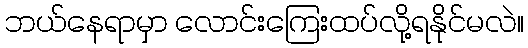
ဘယ်နေရာမှာ လောင်းကြေးထပ်လို့ရနိုင်မလဲ။